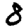
Digit: 8